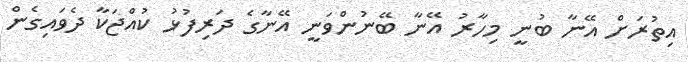
އިތުރަށް އޭނާ ބުނީ މިހާރު އޭނާ ބޭނުންވަނީ އޭނާގެ ދަރިފުޅު ކުއްޖަކާ ދެވައިގެން